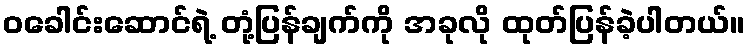
၀ခေါင်းဆောင်ရဲ့ တုံ့ပြန်ချက်ကို အခုလို ထုတ်ပြန်ခဲ့ပါတယ်။